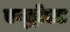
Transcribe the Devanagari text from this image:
एन्ड्रोएड